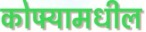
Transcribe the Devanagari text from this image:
कोपर्‍यामधील